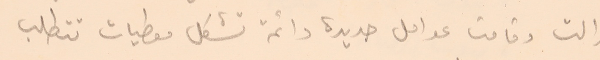
زالت وقامت عوامل جديدة دائمة تشكل معطيات تتطلب